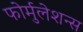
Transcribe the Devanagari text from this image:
फोर्मुलेशन्स